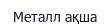
Металл ақша